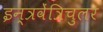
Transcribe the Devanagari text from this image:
इन्त्रवेंत्रिचुलर